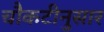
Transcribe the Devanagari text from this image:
चौकटीनुसार